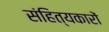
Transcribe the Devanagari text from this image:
संहित्यकारों